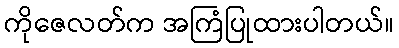
ကိုဇေလတ်က အကြံပြုထားပါတယ်။